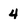
Character: 4